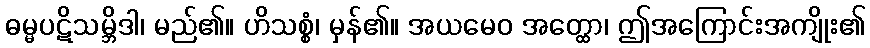
ဓမ္မပဋိသမ္ဘိဒါ၊ မည်၏။ ဟိသစ္စံ၊ မှန်၏။ အယမေဝ အတ္ထော၊ ဤအကြောင်းအကျိုး၏